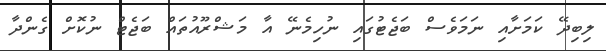
ލިބިދޭ ކަމަށާއި ނަމަވެސް ބަޖެޓުގައި ނުހިމެނޭ އާ މަޝްރޫއުތައް ބަޖެޓް ނުކޮށް ގެންދާ